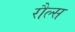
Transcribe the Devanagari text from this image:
रौल्स